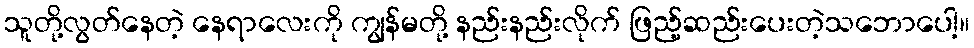
သူတို့လွတ်နေတဲ့ နေရာလေးကို ကျွန်မတို့ နည်းနည်းလိုက် ဖြည့်ဆည်းပေးတဲ့သဘောပေါ့။